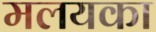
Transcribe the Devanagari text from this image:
मलयका